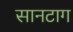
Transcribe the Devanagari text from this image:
सानटाग